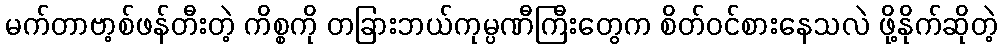
မက်တာဗာ့စ်ဖန်တီးတဲ့ ကိစ္စကို တခြားဘယ်ကုမ္ပဏီကြီးတွေက စိတ်ဝင်စားနေသလဲ ဖို့နိုက်ဆိုတဲ့